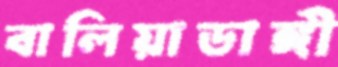
বালিয়াডাঙ্গী